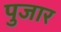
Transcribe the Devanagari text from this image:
पुजार